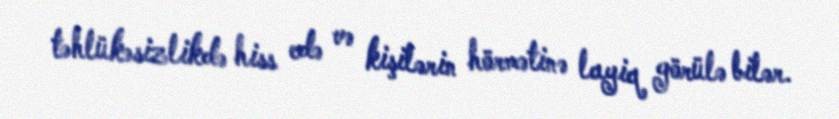
təhlükəsizlikdə hiss edə və kişilərin hörmətinə layiq görülə bilər.